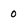
Character: 0